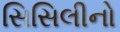
સિસિલીનો